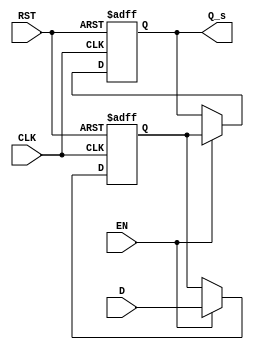
module ms_flip_flop_synchronizer (
    input wire D,          // Data input
    input wire CLK,        // Clock input
    input wire RST,        // Asynchronous reset
    input wire EN,         // Enable signal
    output reg Q_s         // Synchronized output
);

    reg Q_m;              // Output of the master flip-flop

    // Master Flip-Flop
    always @(posedge CLK or posedge RST) begin
        if (RST) begin
            Q_m <= 1'b0;  // Reset master flip-flop
        end else if (EN) begin
            Q_m <= D;     // Capture data input D on rising edge of CLK
        end
    end

    // Slave Flip-Flop
    always @(negedge CLK or posedge RST) begin
        if (RST) begin
            Q_s <= 1'b0;  // Reset slave flip-flop
        end else if (EN) begin
            Q_s <= Q_m;    // Capture output of master flip-flop on falling edge of CLK
        end
    end

endmodule